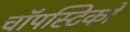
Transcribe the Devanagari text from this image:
चॉपस्टिकों